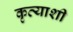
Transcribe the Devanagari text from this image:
कृत्याशी